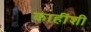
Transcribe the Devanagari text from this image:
काहींशी